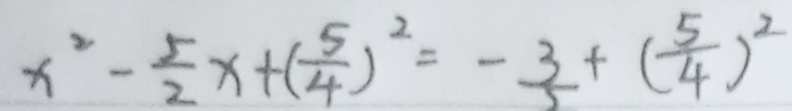
x ^ { 2 } - \frac { 5 } { 2 } x + ( \frac { 5 } { 4 } ) ^ { 2 } = - \frac { 3 } { 2 } + ( \frac { 5 } { 4 } ) ^ { 2 }